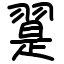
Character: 翨